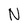
Character: N